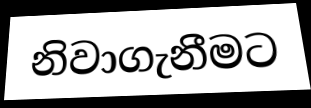
නිවාගැනීමට